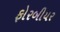
ફોરબીયર